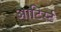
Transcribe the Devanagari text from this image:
आटिर्स्ट